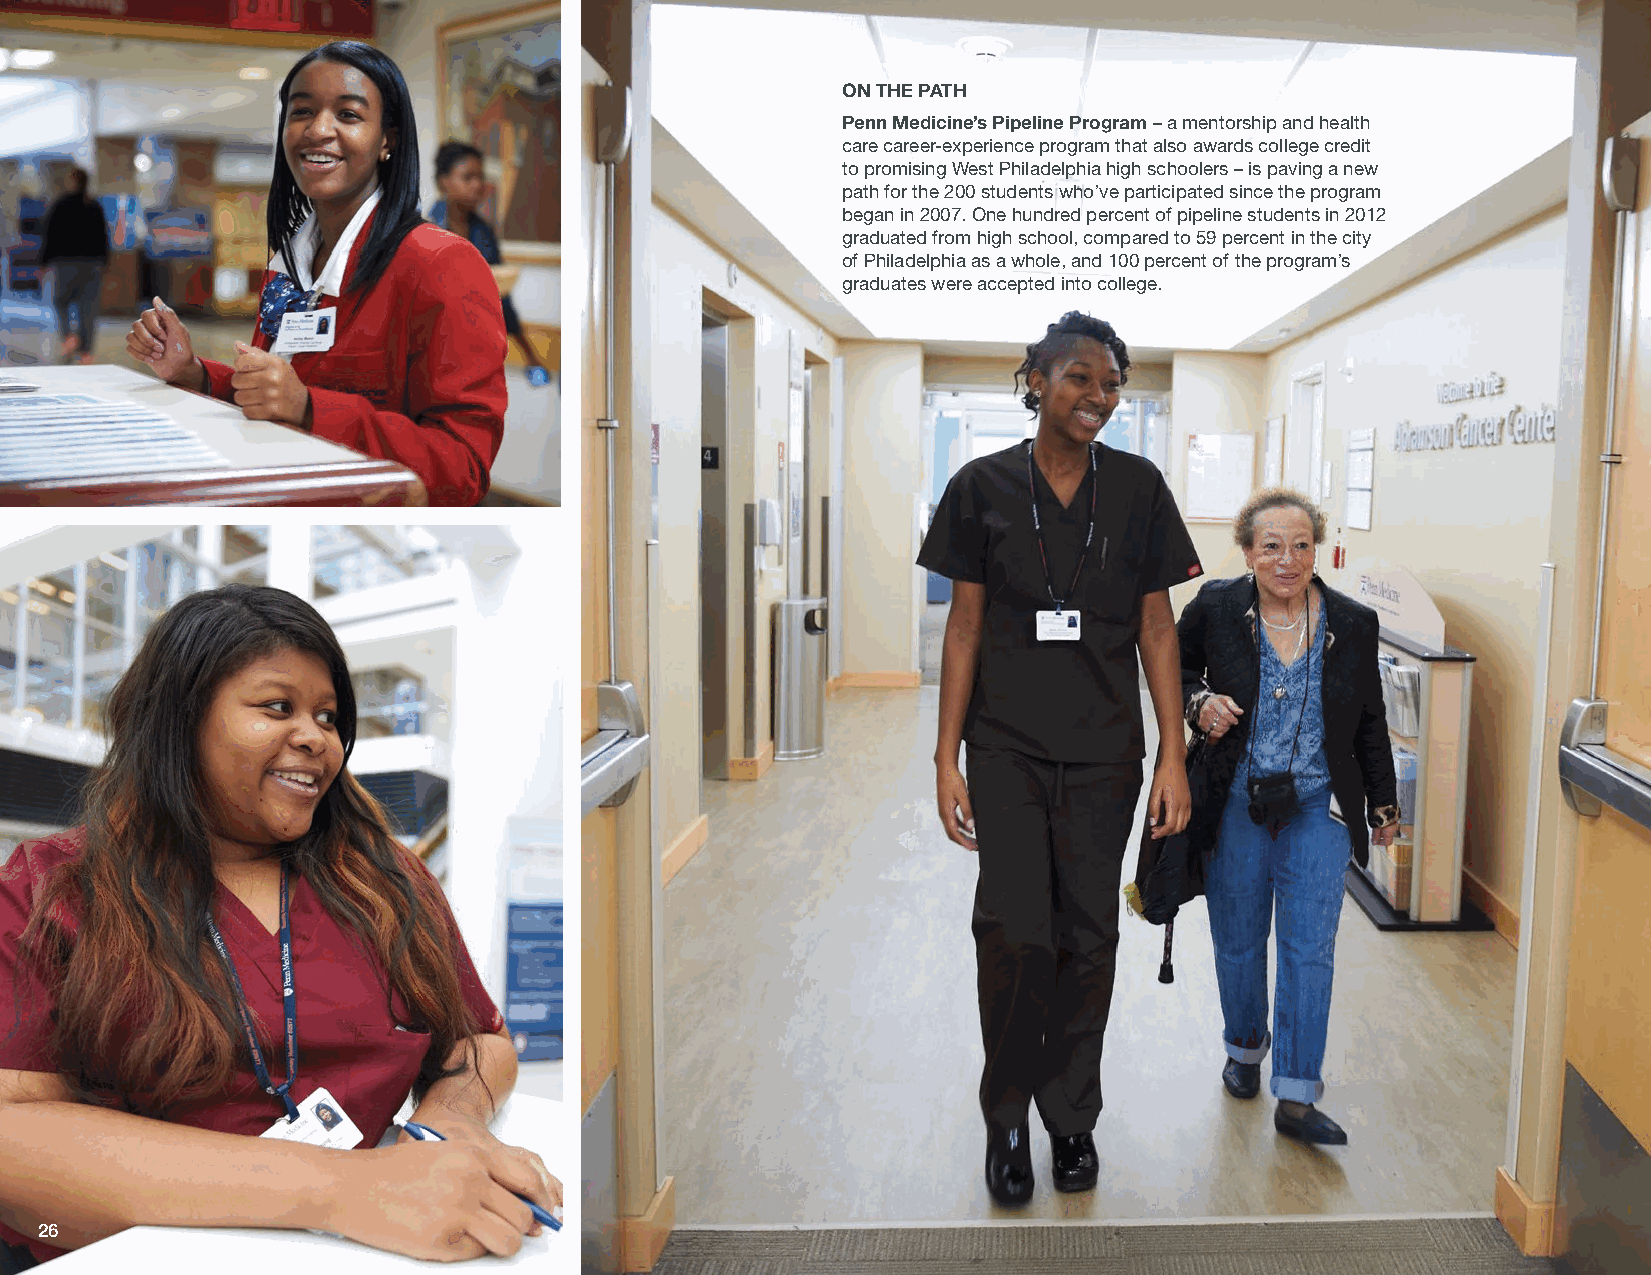
ON THE PATH
 Penn Medicine’s Pipeline Program – a mentorship and health
 care career-experience program that also awards college credit
 to promising West Philadelphia high schoolers – is paving a new
 path for the 200 students who’ve participated since the program
 began in 2007. One hundred percent of pipeline students in 2012
 graduated from high school, compared to 59 percent in the city
 of Philadelphia as a whole, and 100 percent of the program’s
 graduates were accepted into college.
 26